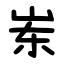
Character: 岽